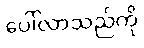
ပေါ်လာသည်ကို